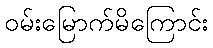
ဝမ်းမြောက်မိကြောင်း